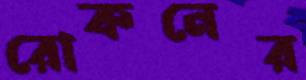
রোকনের